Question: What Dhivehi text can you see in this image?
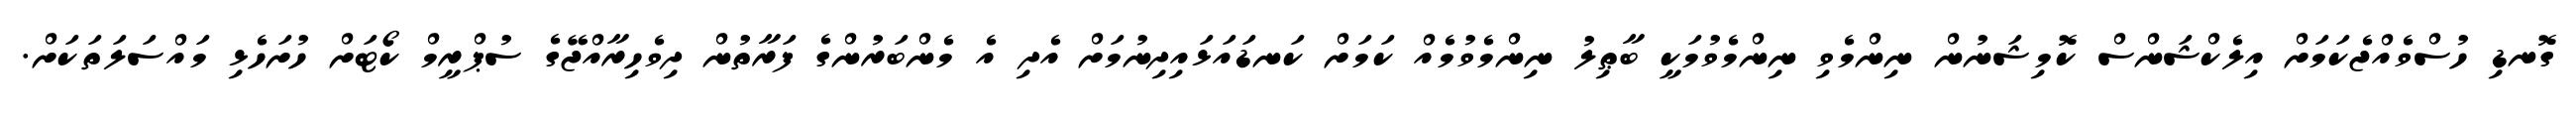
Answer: ގޮނޑި ހުސްވެއްޖެކަމަށް އިލެކްޝަންސް ކޮމިޝަނުން ނިންމެވި ނިންމެވުމަކީ ބާޠިލު ނިންމެވުމެއް ކަމަށް ކަނޑައަޅައިދިނުމަށް އެދި އެ މެންބަރުންގެ ފަރާތުން ދިވެހިރާއްޖޭގެ ސުޕްރީމް ކޯޓަށް ހުށަހެޅި މައްސަލަތަކަށް.